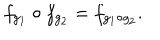
f _ { g _ { 1 } } \circ f _ { g _ { 2 } } = f _ { g _ { 1 } \circ g _ { 2 } } .